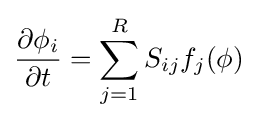
{\frac {\partial \phi _{i}}{\partial t}}=\sum _{j=1}^{R}S_{ij}f_{j}(\mathbf {\phi } )